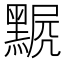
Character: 𪑣